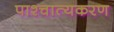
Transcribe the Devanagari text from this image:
पाश्चात्यकरण